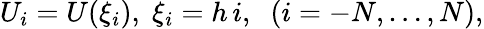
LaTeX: U_{i}=U(\xi_{i}),\; \xi_{i}=h\, i,\; \; (i=-N,\ldots,N),